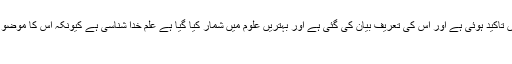
خلاصہ یہ ہے کہ وہ علم جس کی آیات و روایات میں تاکید ہوئی ہے اور اس کی تعریف بیان کی گئی ہے اور بہتریں علوم میں شمار کیا گیا ہے علم خدا شناسی ہے کیونکہ اس کا موضوع باقی تمام علوم کے موضوع سے برترواشرف ہے
١۔